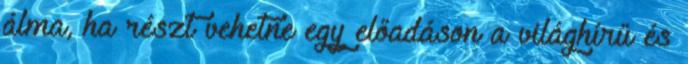
álma, ha részt vehetne egy előadáson a világhírű és